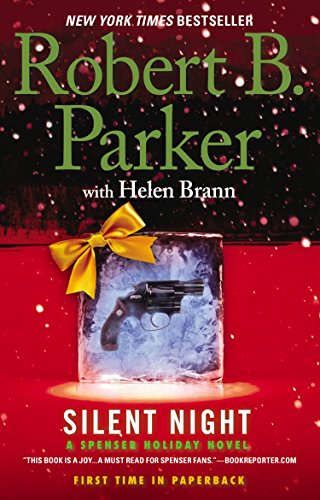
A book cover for Silent Night (Spenser); Robert B. Parker; Mystery, Thriller & Suspense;